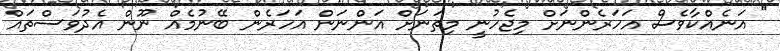
" އަނެއްކާވެސް އަހަރެންނަށް މިޖެހުނީ މިތަނަށް އަންނަން އަހަރެން ބޭނުމެއް ނޫން އެދުވަސްތައް